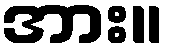
အား။